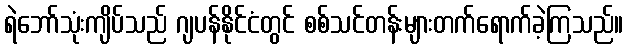
ရဲဘော်သုံးကျိပ်သည် ဂျပန်နိုင်ငံတွင် စစ်သင်တန်းများတက်ရောက်ခဲ့ကြသည်။